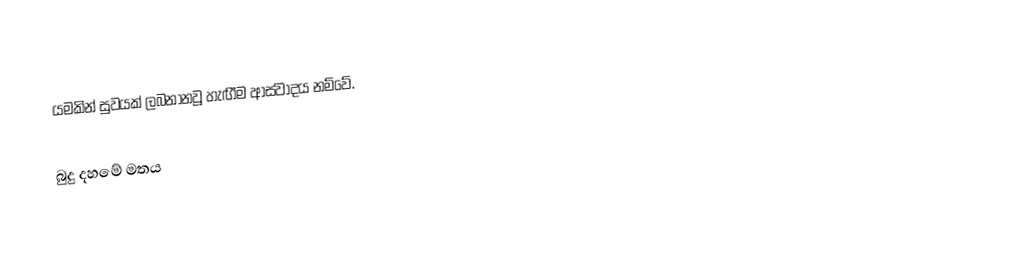
යමකින් සුවයක් ලබනානවූ හැඟීම ආස්වාදය නම්වේ.

බුදු දහමේ මතය